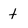
Character: t